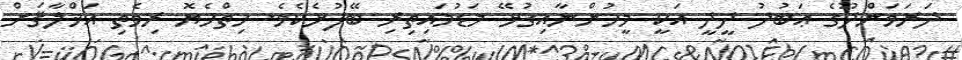
ދަރަވަންދޫގެ ޢަބުދު ދީދީ އަކީ މީހުންނާއިގުޅޭ މަޑުމައިތިރި ބޭފުޅެކެވެ. ހިތްހެޔޮ ރިވެތި އަޚްލާޤަށް